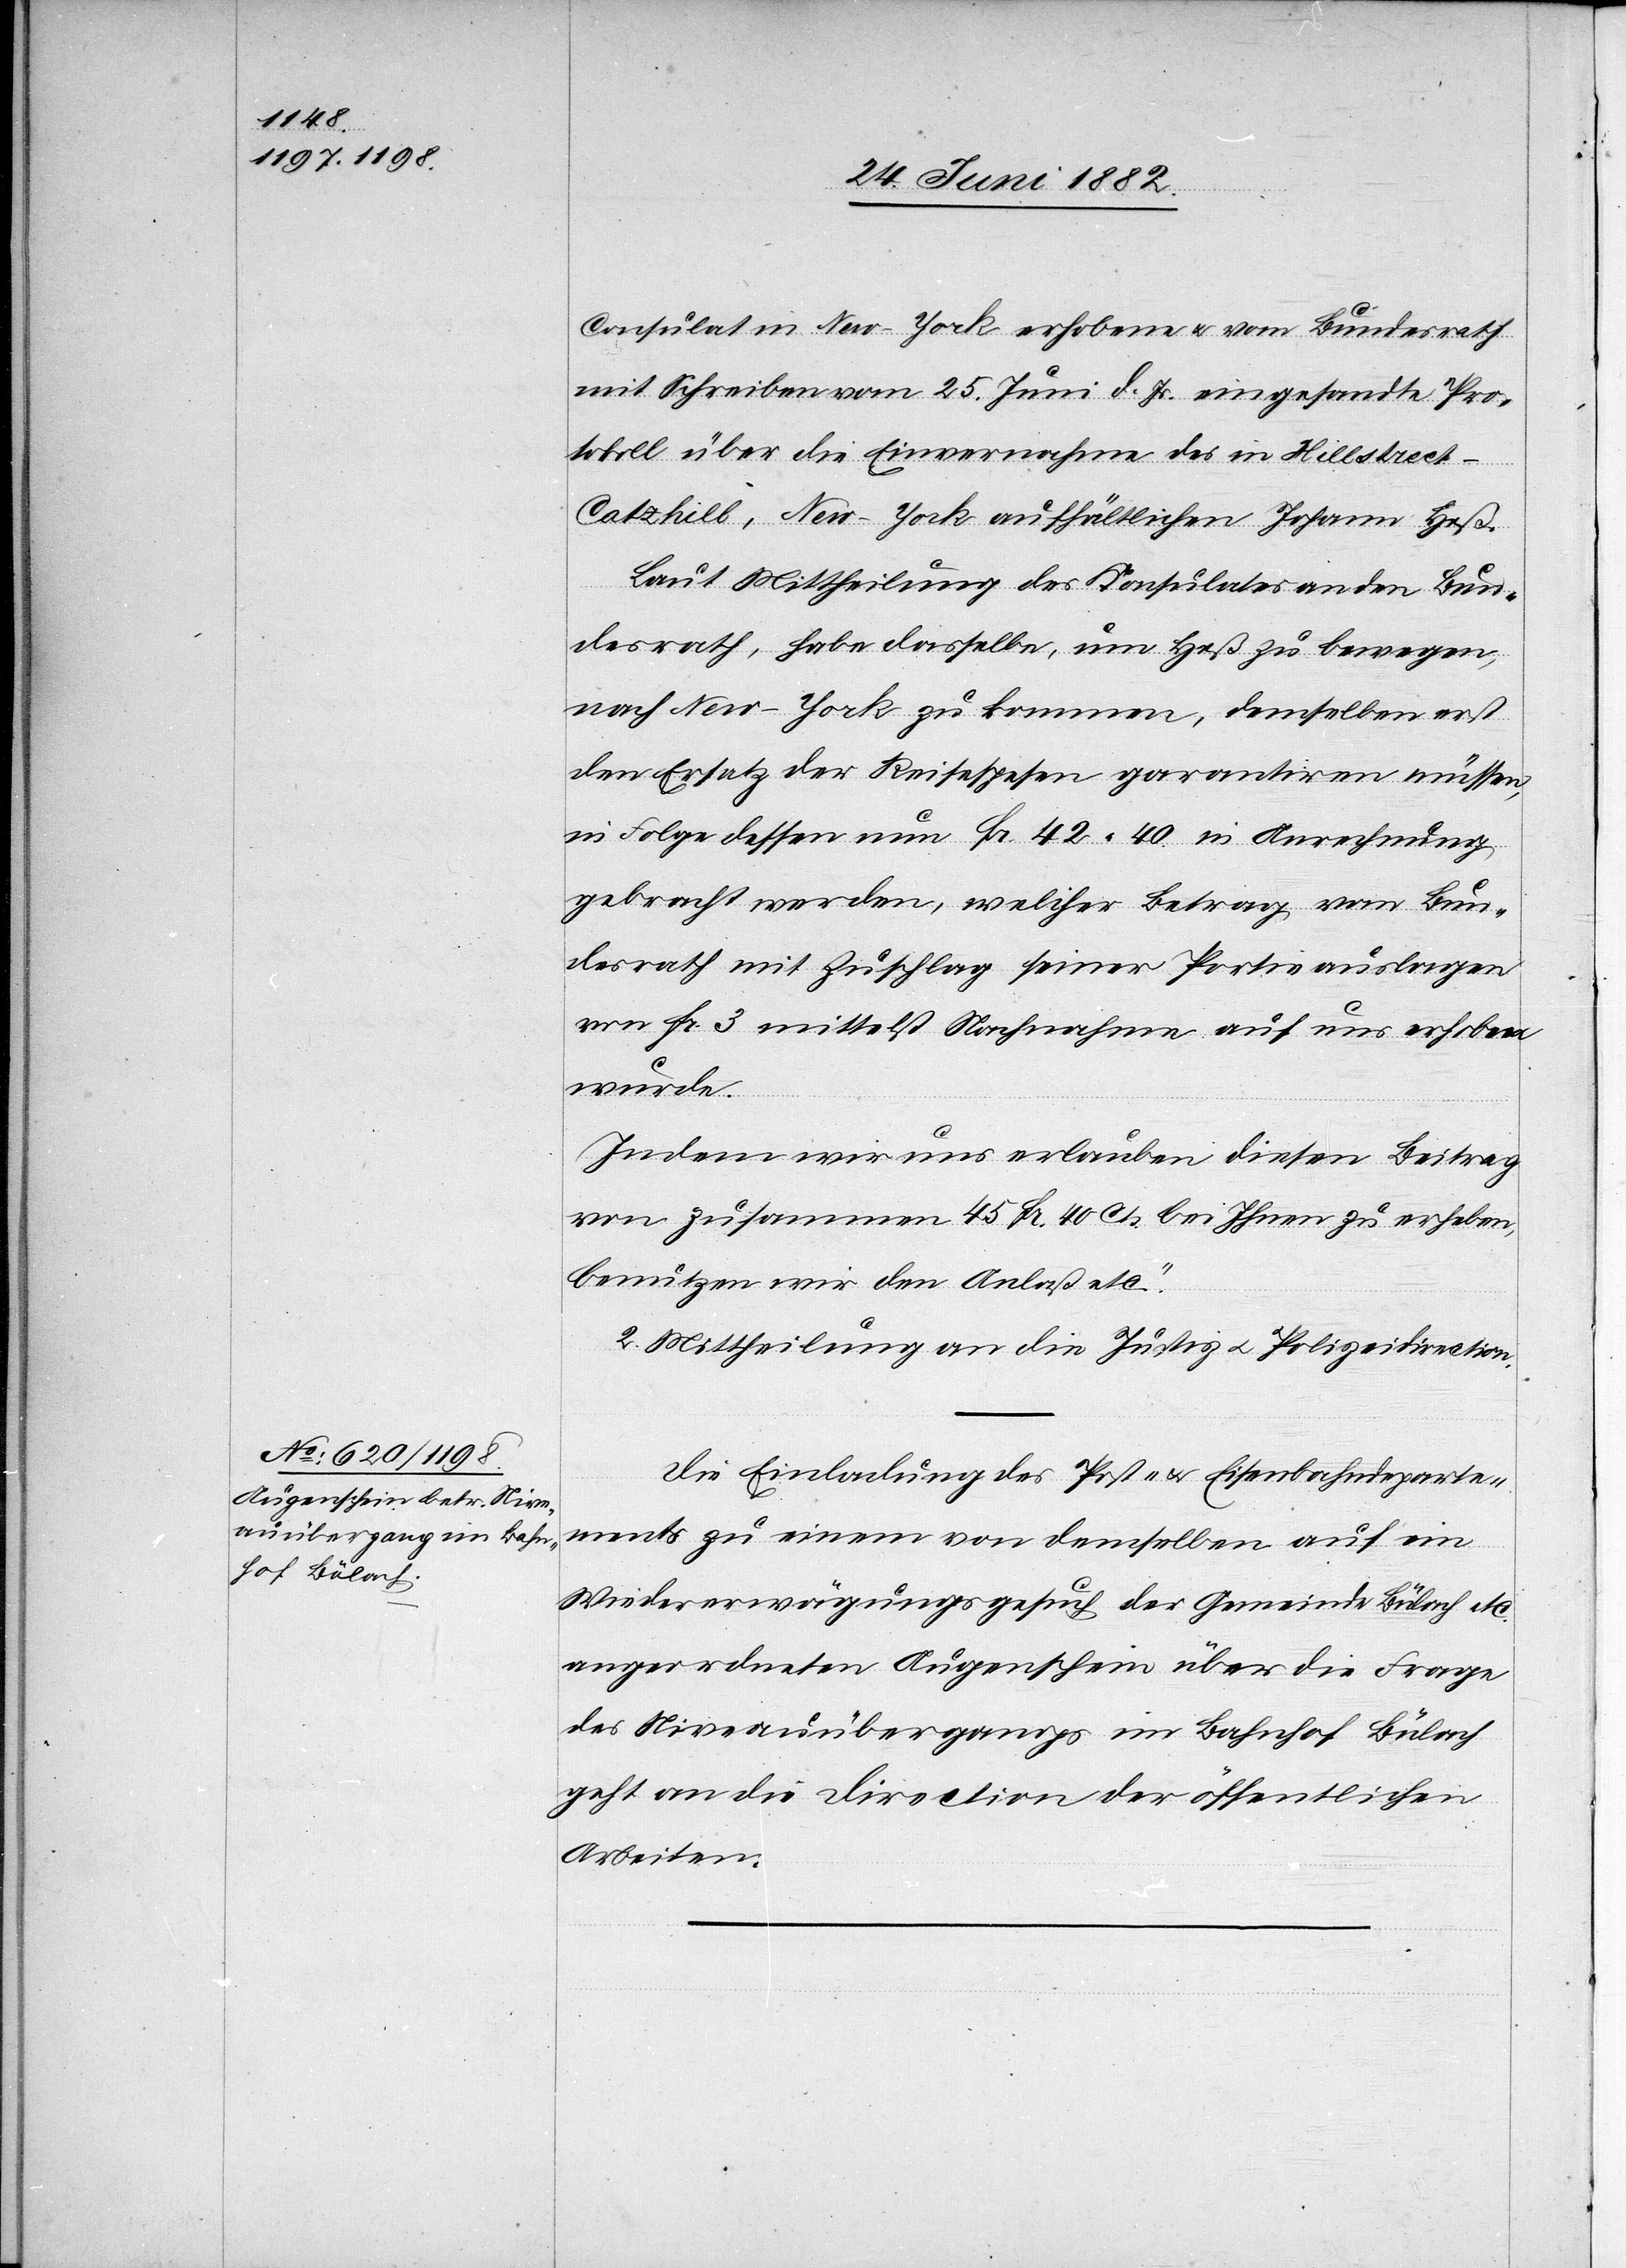
28. Juni 1882.]
Consulat in New-York erhobene u. vom Bundesrath
mit Schreiben vom 25. Juni d. Js. eingesandte Pro¬
tokoll über die Einvernahme des in Hillstreet
Catzhill, New-York aufhältlichen Johann Heß.
Laut Mittheilung des Konsulates an den Bun¬
desrath, habe dasselbe, um Heß zu bewegen,
nach New-York zu kommen, demselben erst
den Ersatz der Reisespesen garantiren müssen,
in Folge dessen nun Fr. 42 40 in Anrechnung
gebracht werden, welcher Betrag vom Bun¬
desrath mit Zuschlag seiner Portieauslagen
von Fr. 3 mittelst Nachnahme auf uns erhoben
wurden.
Indem wir uns erlauben diesen Betrag
von zusammen 45 Fr. 40 Cts. bei Ihnen zu erheben,
benutzen wir den Anlaß etc.“
II. Mittheilung an die Justiz- u. Polizeidirection.
Die Einladung des Post- & Eisenbahndeparte¬
ments zu einem von demselben auf ein
Wiedererwägungsgesuch der Gemeinde Bülach etc.
angeordneten Augenschein über die Frage
des Niveauüberganges im Bahnhof Bülach
geht an die Direction der öffentlichen
Arbeiten.